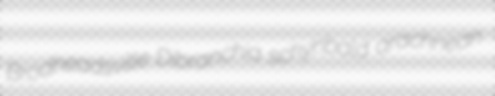
Brodheadsville Dibranchia schynbald arachnean